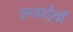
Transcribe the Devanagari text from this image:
तन्हाईयाँ